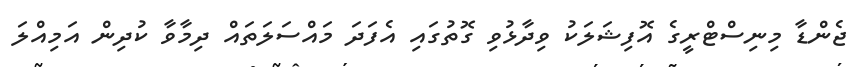
ޖެންޑާ މިނިސްޓްރީގެ އޮފިޝަލަކު ވިދާޅުވި ގޮތުގައި އެފަދަ މައްސަލަތައް ދިމާވާ ކުދިން އަމިއްލަ